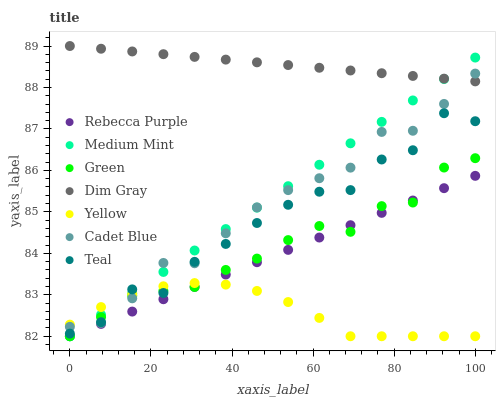
| xaxis_label | Rebecca Purple | Medium Mint | Green | Dim Gray | Yellow | Cadet Blue | Teal |
 | --- | --- | --- | --- | --- | --- | --- | --- |
 | 0 | 82 | 82 | 82 | 89 | 82.3 | 82.2 | 82.1 |
 | 7.69 | 82.3 | 82.5 | 82.5 | 88.9 | 82.7 | 82.3 | 82.3 |
 | 15.4 | 82.6 | 83 | 83 | 88.9 | 83 | 82.9 | 83.1 |
 | 23.1 | 82.9 | 83.6 | 83.1 | 88.8 | 83.2 | 83.8 | 83 |
 | 30.8 | 83.2 | 84.1 | 83.2 | 88.7 | 83.3 | 83.8 | 83.8 |
 | 38.5 | 83.5 | 84.6 | 83.6 | 88.7 | 83.2 | 84.5 | 84.2 |
 | 46.2 | 83.8 | 85.1 | 83.9 | 88.6 | 83.1 | 85.1 | 84.7 |
 | 53.8 | 84.1 | 85.6 | 84.3 | 88.5 | 82.8 | 85.5 | 85.2 |
 | 61.5 | 84.4 | 86.1 | 84.7 | 88.5 | 82.4 | 85.8 | 85.5 |
 | 69.2 | 84.7 | 86.7 | 84.5 | 88.4 | 82 | 86.1 | 85.5 |
 | 76.9 | 85 | 87.2 | 85.1 | 88.3 | 82 | 86.9 | 86.3 |
 | 84.6 | 85.3 | 87.7 | 85.2 | 88.3 | 82 | 87 | 86.5 |
 | 92.3 | 85.6 | 88.2 | 86.1 | 88.2 | 82 | 87.6 | 87.4 |
 | 100 | 85.9 | 88.7 | 86.3 | 88.1 | 82 | 88.3 | 87.2 |